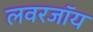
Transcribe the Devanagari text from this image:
लवरजॉय